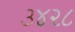
૩૪૨૮